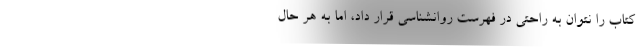
کتاب را نتوان به راحتی در فهرست روانشناسی قرار داد، اما به هر حال